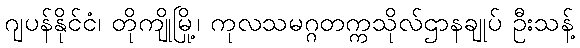
ဂျပန်နိုင်ငံ၊ တိုကျိုမြို့၊ ကုလသမဂ္ဂတက္ကသိုလ်ဌာနချုပ် ဦးသန့်